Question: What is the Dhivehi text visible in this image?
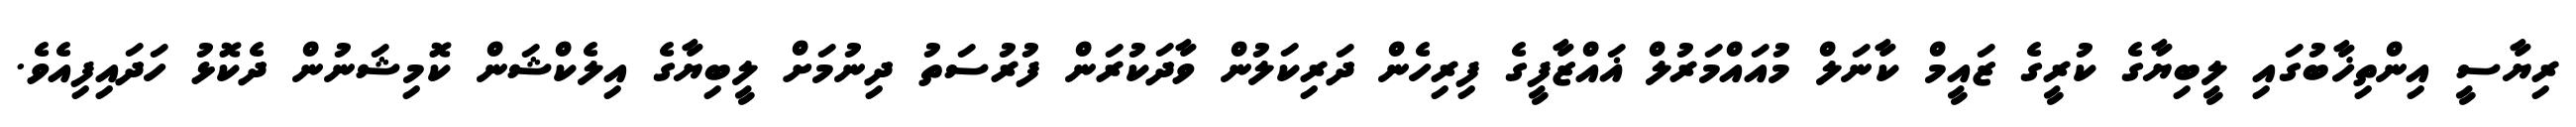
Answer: ރިޔާސީ އިންތިޚާބުގައި ލީބިޔާގެ ކުރީގެ ޒައީމް ކާނަލް މުއައްމަރުލް ޣައްޒާފީގެ ފިރިހެން ދަރިކަލުން ވާދަކުރަން ފުރުސަތު ދިނުމަށް ލީބިޔާގެ އިލެކްޝަން ކޮމިޝަނުން ދެކޮޅު ހަދައިފިއެވެ.